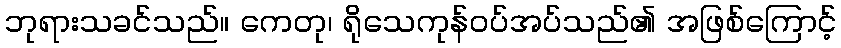
ဘုရားသခင်သည်။ ကေတု၊ ရိုသေကုန်ဝပ်အပ်သည်၏ အဖြစ်ကြောင့်